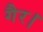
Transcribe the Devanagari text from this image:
गैर।